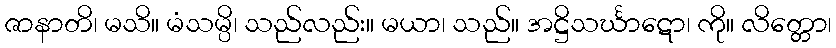
ဇာနာတိ၊ မသိ။ မံသမ္ပိ၊ သည်လည်း။ မယာ၊ သည်။ အဋ္ဌိသင်္ဃာဋော၊ ကို။ လိတ္တော၊